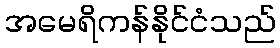
အမေရိကန်နိုင်ငံသည်